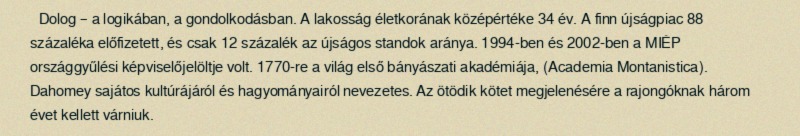
Dolog – a logikában, a gondolkodásban. A lakosság életkorának középértéke 34 év. A finn újságpiac 88 százaléka előfizetett, és csak 12 százalék az újságos standok aránya. 1994-ben és 2002-ben a MIÉP országgyűlési képviselőjelöltje volt. 1770-re a világ első bányászati akadémiája, (Academia Montanistica). Dahomey sajátos kultúrájáról és hagyományairól nevezetes. Az ötödik kötet megjelenésére a rajongóknak három évet kellett várniuk.